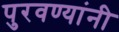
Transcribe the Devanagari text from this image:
पुरवण्यांनी